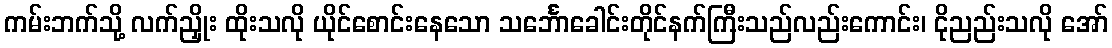
ကမ်းဘက်သို့ လက်ညှိုး ထိုးသလို ယိုင်စောင်းနေသော သင်္ဘောခေါင်းတိုင်နက်ကြီးသည်လည်းကောင်း၊ ငိုညည်းသလို အော်